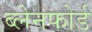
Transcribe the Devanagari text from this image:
ब्लेनफोर्ड